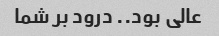
عالی بود.. درود بر شما